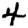
Digit: 4